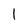
Character: 1